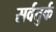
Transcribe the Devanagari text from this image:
सर्वतुर्क